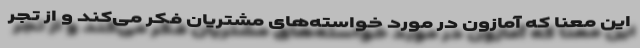
این معنا که آمازون در مورد خواسته‌های مشتریان فکر می‌کند و از تجر